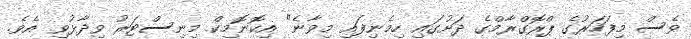
ވެސް މިފަހަރުގެ ޕްރޮގްރާމްގެ ދަށުގައި ހިމެނިފައި މިވާނެ" އިކޮނޮމިކް މިނިސްޓަރު ވިދާޅުވި އެވެ.